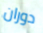
دوران